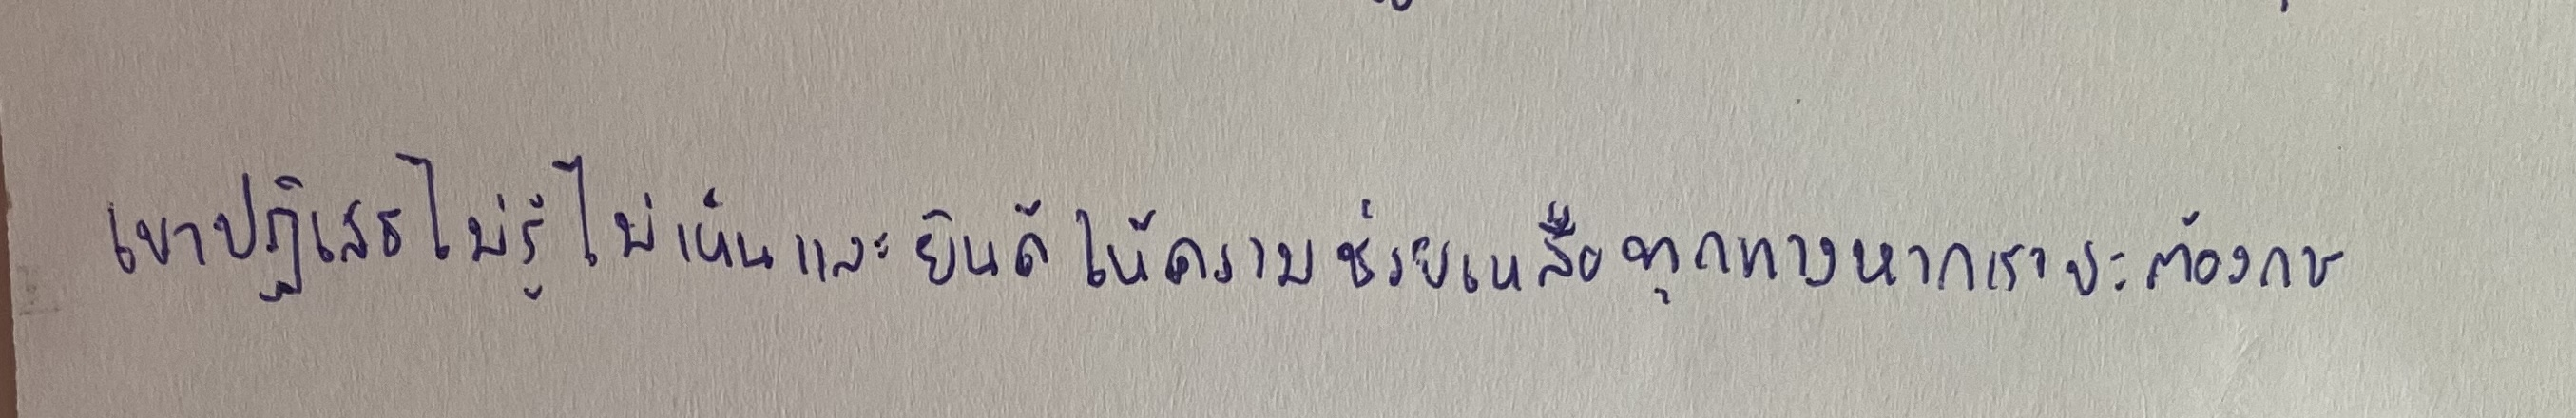
เขาปฏิเสธไม่รู้ไม่เห็นและยินดีให้ความช่วยเหลือทุกทางหากเราจะต้องการ"